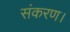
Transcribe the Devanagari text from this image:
संकरण।